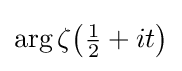
\arg {\zeta {\bigl (}{\tfrac {1}{2}}+it{\bigr )}}